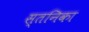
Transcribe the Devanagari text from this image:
स्तनिका